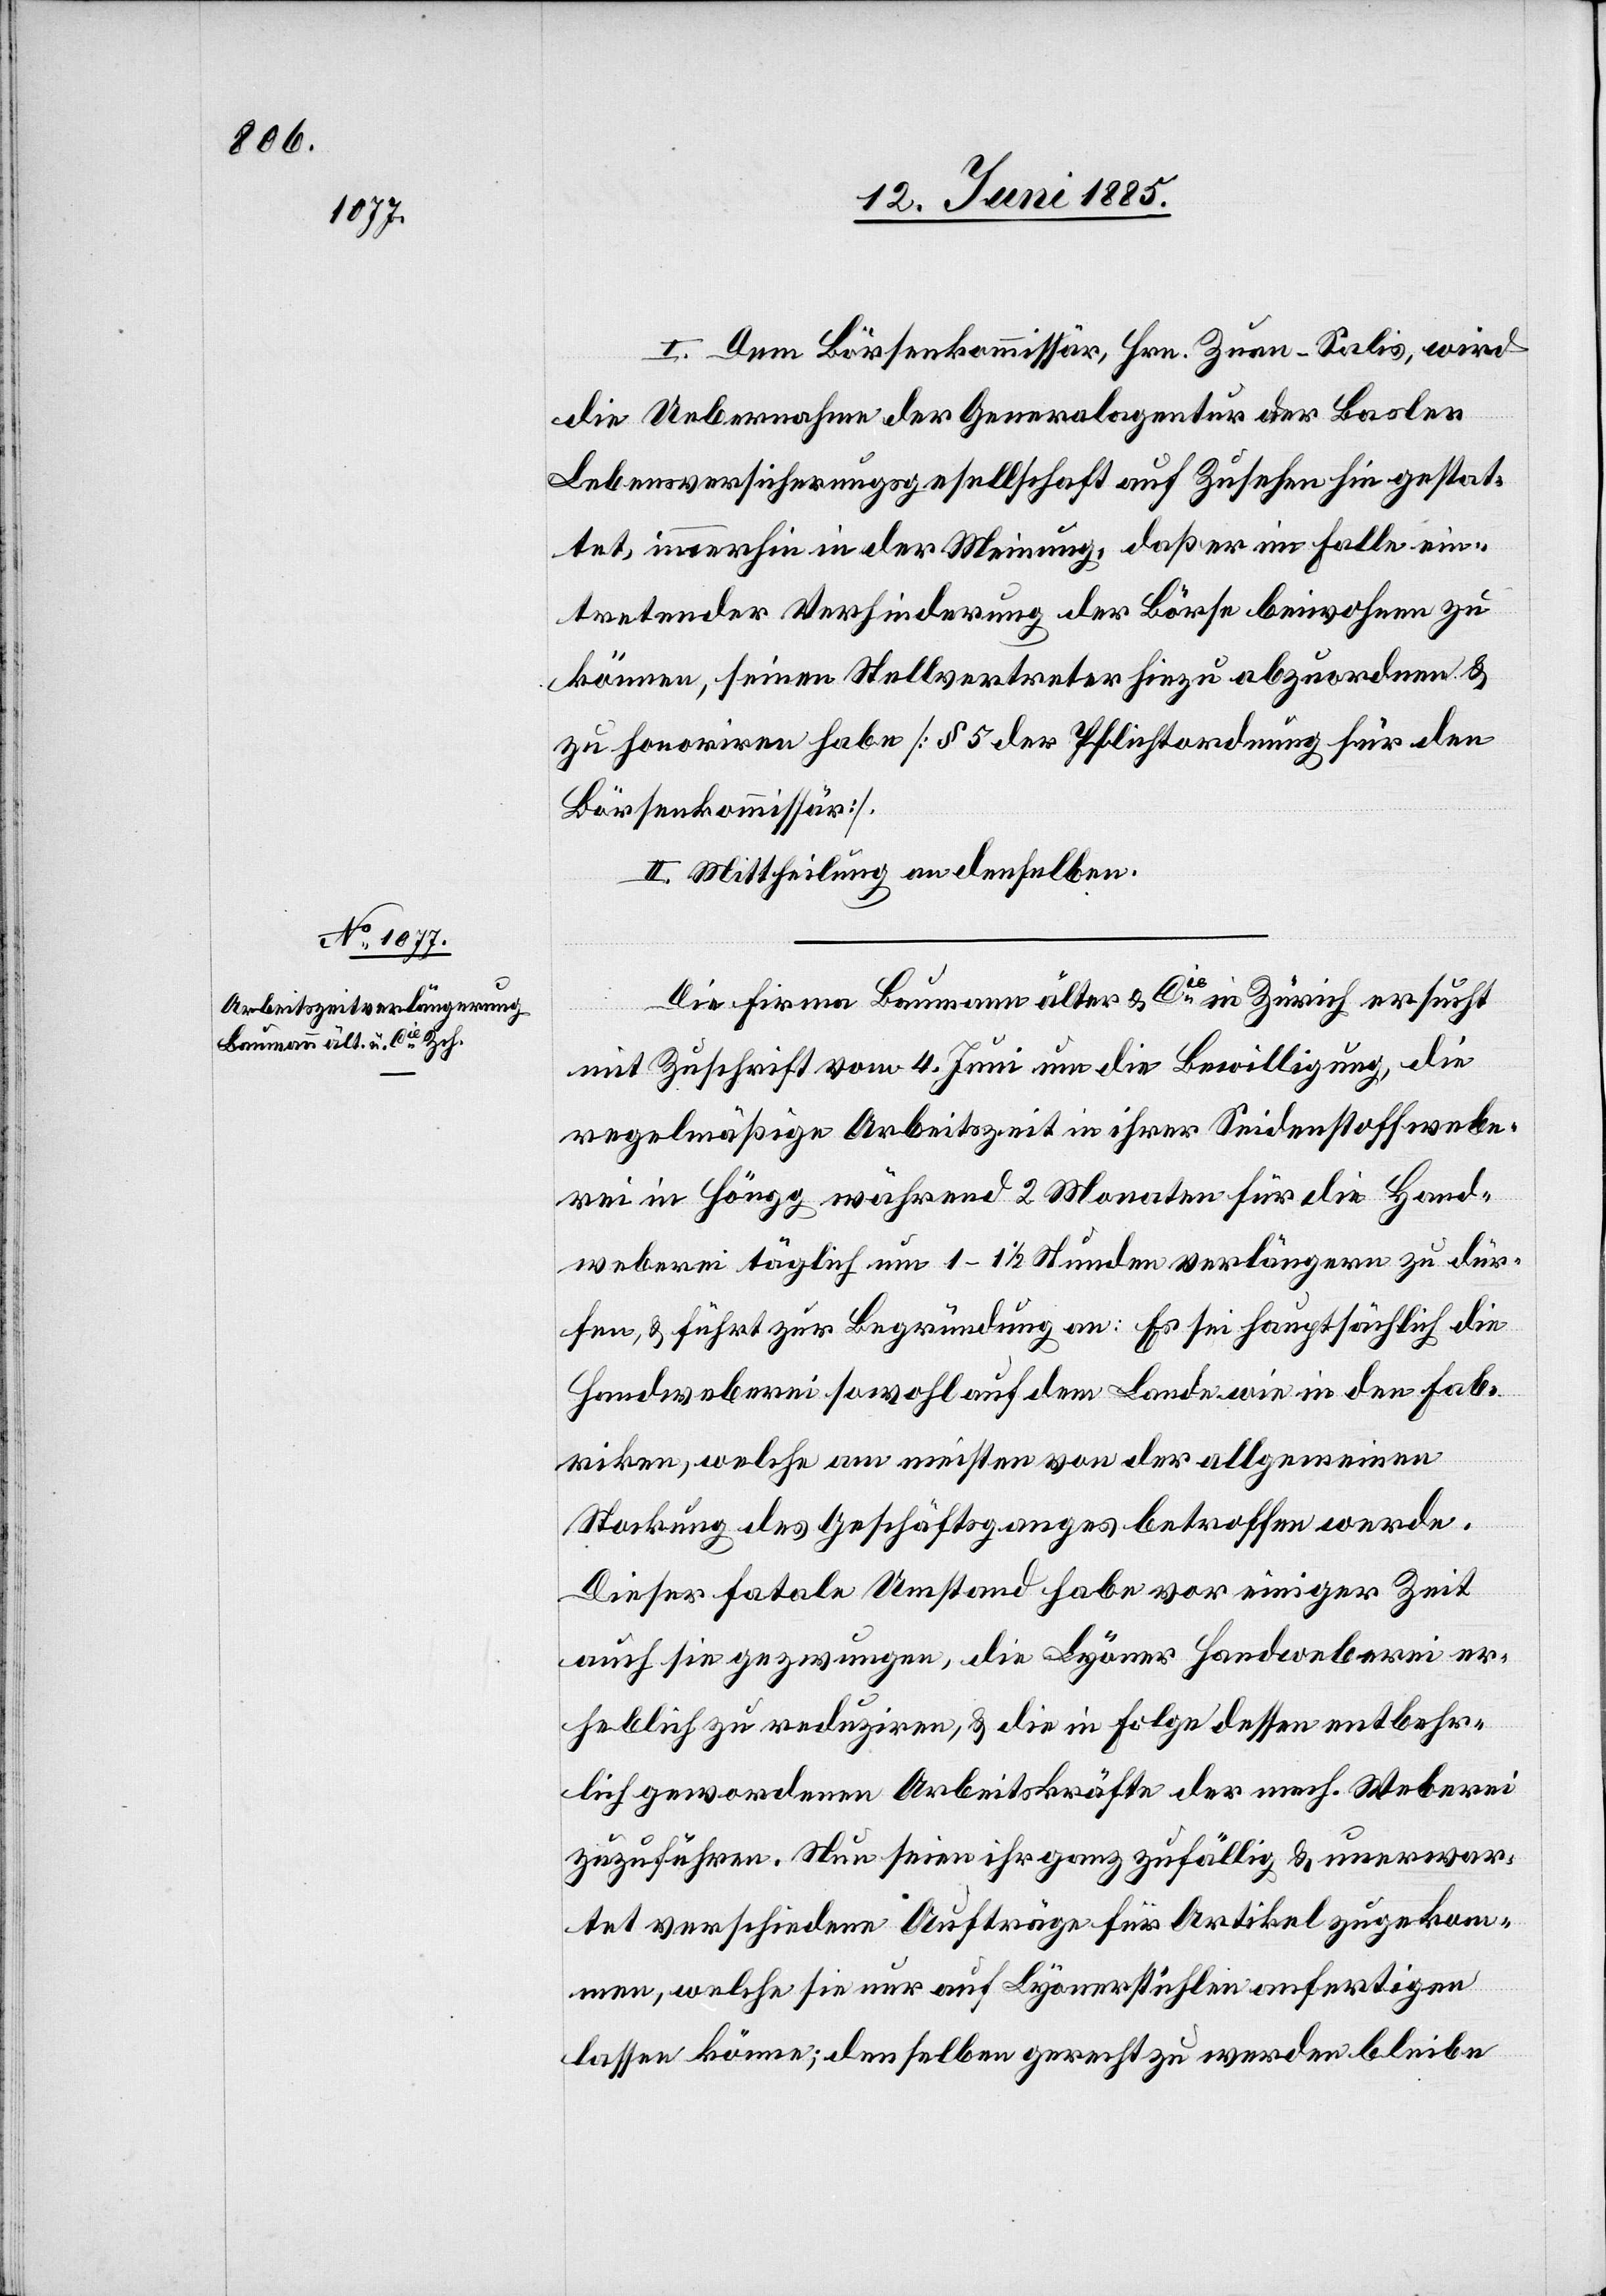
I. Dem Börsenkommissär, Hrn. Zuan-Salis, wird
die Uebernahme der Generalagentur der Basler
Lebensversicherungsgesellschaft auf Zusehen hin gestat¬
tet, immerhin in der Meinung, daß er im Falle ein¬
tretender Verhinderung der Börse beiwohnen zu
können, seinen Stellvertreter hiezu abzuordnen &
zu honoriren habe [§ 5 der Pflichtordnung für den
Börsenkommissär].
II. Mittheilung an denselben.
Die Firma Baumann älter & Cie in Zürich ersucht
mit Zuschrift vom 4. Juni um die Bewilligung, die
regelmäßige Arbeitszeit in ihrer Seidenstoffwebe¬
rei in Höngg während 2 Monaten für die Hand¬
weberei täglich um 1–1 1/2 Stunden verlängern zu dür¬
fen, & führt zur Begründung an: Es sei hauptsächlich die
Handweberei sowohl auf dem Lande wie in den Fab¬
riken, welche am meisten von der allgemeinen
Stockung des Geschäftsganges betroffen werde.
Dieser fatale Umstand habe vor einiger Zeit
auch sie gezwungen, die Lyoner Handweberei er¬
heblich zu reduziren, & die in Folge dessen entbehr¬
lich gewordenen Arbeitskräfte der mech. Weberei
zuzuführen. Nun seien ihr ganz zufällig & unerwar¬
tet verschiedene Aufträge für Artikel zugekom¬
men, welche sie nur auf Lyonerstühlen anfertigen
lassen könne; denselben gerecht zu werden bleibe